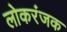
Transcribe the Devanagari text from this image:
लोकरंजक